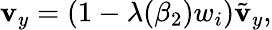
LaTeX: \mathbf{v}_{y}=(1-\lambda(\beta_{2})w_{i})\tilde{{\mathbf{v}}}_{y},